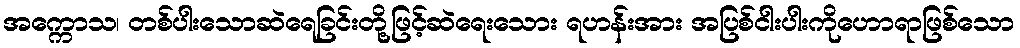
အက္ကောသ၊ တစ်ပါးသောဆဲရေခြင်းတို့ဖြင့်ဆဲရေးသေား ရဟန်းအား အပြစ်ငါးပါးကိုဟောရာဖြစ်သော